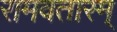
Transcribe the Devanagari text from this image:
रामवतारम्‌